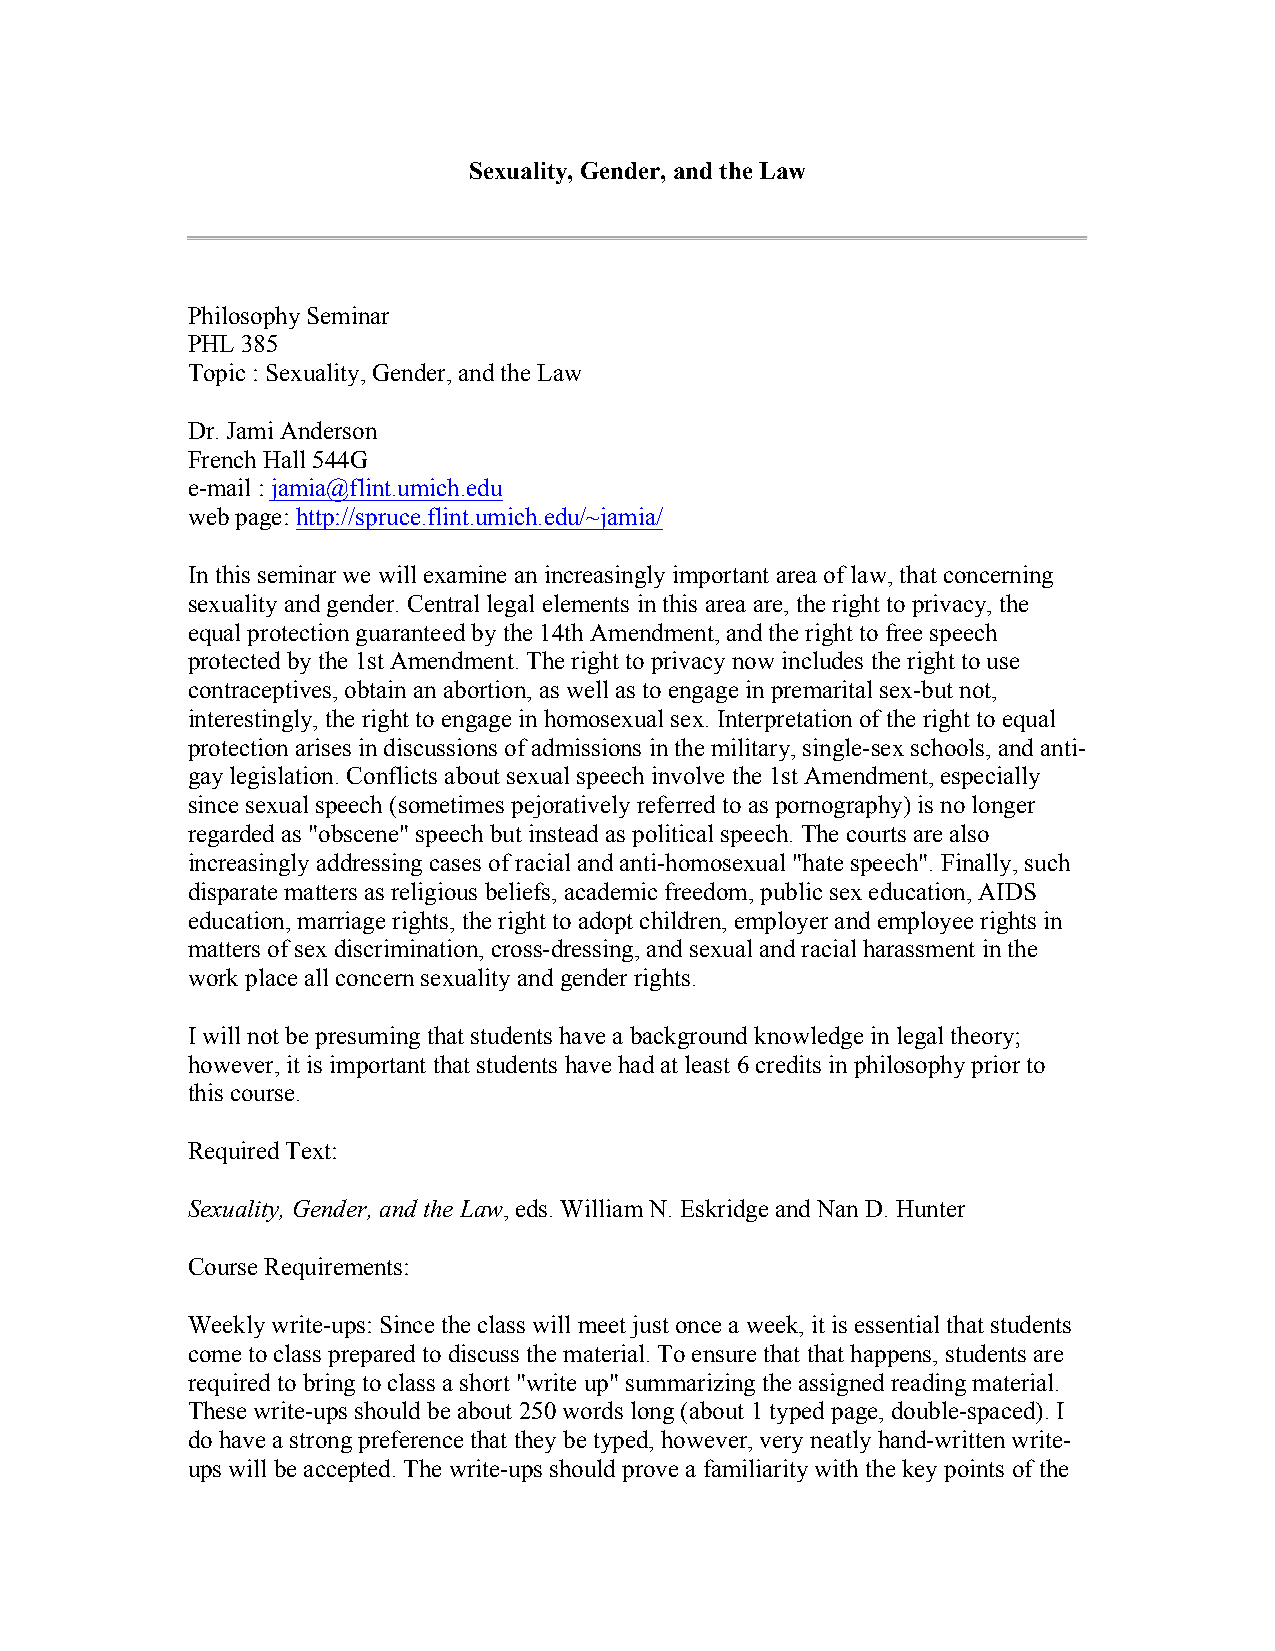
Sexuality, Gender, and the Law
 Philosophy Seminar
 PHL 385
 Topic : Sexuality, Gender, and the Law
 Dr. Jami Anderson
 French Hall 544G
 e-mail : jamia@flint.umich.edu
 web page: http://spruce.flint.umich.edu/~jamia/
 In this seminar we will examine an increasingly important area of law, that concerning
 sexuality and gender. Central legal elements in this area are, the right to privacy, the
 equal protection guaranteed by the 14th Amendment, and the right to free speech
 protected by the 1st Amendment. The right to privacy now includes the right to use
 contraceptives, obtain an abortion, as well as to engage in premarital sex-but not,
 interestingly, the right to engage in homosexual sex. Interpretation of the right to equal
 protection arises in discussions of admissions in the military, single-sex schools, and anti-
 gay legislation. Conflicts about sexual speech involve the 1st Amendment, especially
 since sexual speech (sometimes pejoratively referred to as pornography) is no longer
 regarded as "obscene" speech but instead as political speech. The courts are also
 increasingly addressing cases of racial and anti-homosexual "hate speech". Finally, such
 disparate matters as religious beliefs, academic freedom, public sex education, AIDS
 education, marriage rights, the right to adopt children, employer and employee rights in
 matters of sex discrimination, cross-dressing, and sexual and racial harassment in the
 work place all concern sexuality and gender rights.
 I will not be presuming that students have a background knowledge in legal theory;
 however, it is important that students have had at least 6 credits in philosophy prior to
 this course.
 Required Text:
 Sexuality, Gender, and the Law, eds. William N. Eskridge and Nan D. Hunter
 Course Requirements:
 Weekly write-ups: Since the class will meet just once a week, it is essential that students
 come to class prepared to discuss the material. To ensure that that happens, students are
 required to bring to class a short "write up" summarizing the assigned reading material.
 These write-ups should be about 250 words long (about 1 typed page, double-spaced). I
 do have a strong preference that they be typed, however, very neatly hand-written write-
 ups will be accepted. The write-ups should prove a familiarity with the key points of the